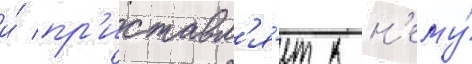
и́ пр'иставл'я́ет к н'ему́